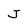
Character: J